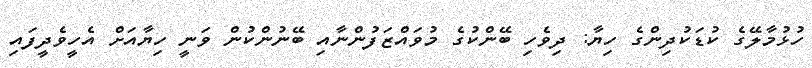
ހުޅުމާލޭގެ ކުޑަކުދިންގެ ހިޔާ: ދިވެހި ބޭންކުގެ މުވައްޒަފުންނާއި ބޭނުންކުން ވަނީ ހިޔާއަށް އެހީވެދީފައި